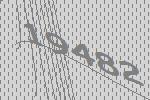
19482